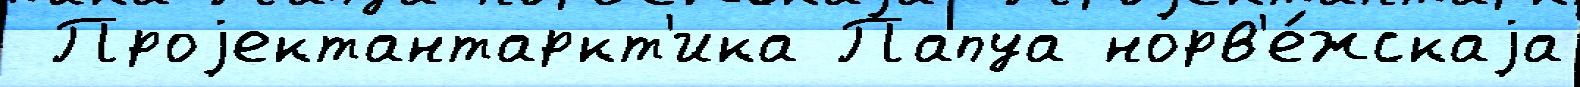
 Проjектантаркт'ика Папуа норв'е́жскаjа